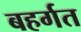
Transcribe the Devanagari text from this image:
बहर्गत